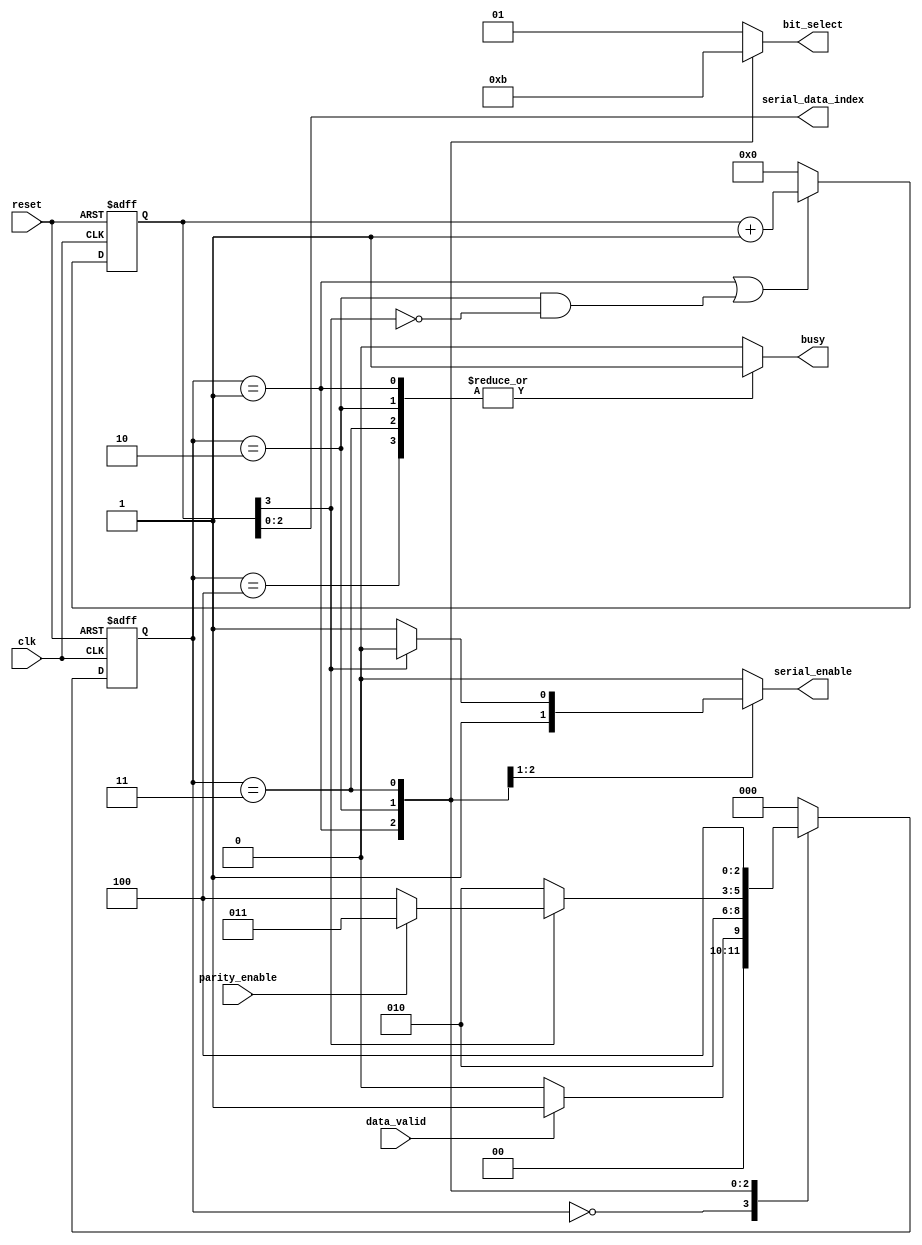
module UART_transmitter_FSM # (
    parameter DATA_WIDTH = 8,

    // Bit select values
    parameter [1:0] START_BIT_SELECT = 2'b00,
    parameter [1:0] STOP_BIT_SELECT = 2'b01,
    parameter [1:0] SERIAL_DATA_BIT_SELECT = 2'b10,
    parameter [1:0] PARITY_BIT_SELECT = 2'b11
)
(
    input clk,
    input reset,
    input parity_enable,
    input data_valid,

    output reg serial_enable,
    output reg [1:0] bit_select,
    output wire [$clog2(DATA_WIDTH) - 1:0] serial_data_index,
    output reg busy
);

    // A register that saves the index of the bit to be transmitted
    // When the value of this register equals 1000, this means that the byte is completely transmitted
    reg [$clog2(DATA_WIDTH):0] serial_data_transmission_state;

    // FSM state register signals
    reg [2:0] current_state;
    reg [2:0] next_state;


    // FSM state encoding
    localparam [2:0] IDLE = 3'b000;
    localparam [2:0] START_BIT_TRANSMISSION = 3'b001;
    localparam [2:0] SERIAL_DATA_TRANSMISSION = 3'b010;
    localparam [2:0] PARTIY_BIT_TRANSMISSION = 3'b011;
    localparam [2:0] STOP_BIT_TRANSMISSION = 3'b100;


    // 'Serial data index' register
    always @(posedge clk or negedge reset) begin
        if (~reset) begin
            serial_data_transmission_state <= 'b0;
        end
        // When the current state is 'SERIAL_DATA_TRANSMISSION', it should immediately transmit
        // the bit number 0, so when the current state is 'START_BIT_TRANSMISSION' (which is sampled
        // at the edge just before the current state changes to 'SERIAL_DATA_TRANSMISSION', and at
        // that instant the serial data state is zero which means that this bit will be transmitted 
        // once the state becomes 'SERIAL_DATA_TRANSMISSION')
        // the serial data state should be incremented so that by sampling the data on 
        // the next edge, the transmitter sends the bit number 1 and so on.
        else if (current_state == START_BIT_TRANSMISSION |
                (current_state == SERIAL_DATA_TRANSMISSION 
                 & ~serial_data_transmission_state[$clog2(DATA_WIDTH)])) begin
            serial_data_transmission_state <= serial_data_transmission_state + 'b1;
        end
        else begin
            serial_data_transmission_state <= 'b0;
        end
    end

    assign serial_data_index = serial_data_transmission_state[$clog2(DATA_WIDTH) - 1:0];


    // State transition
    always @(posedge clk or negedge reset) begin
        if (~reset) begin
            current_state <= IDLE;
        end
        else begin
            current_state <= next_state;
        end
    end

    // Next state logic
    always @(*) begin
        case (current_state)
            IDLE: begin
                if (data_valid)
                begin
                    next_state = START_BIT_TRANSMISSION;
                end
                else
                begin
                    next_state = IDLE;
                end
            end

            START_BIT_TRANSMISSION: begin
                next_state = SERIAL_DATA_TRANSMISSION;
            end

            SERIAL_DATA_TRANSMISSION: begin
                // If the following condition is satisfied, this means that the byte is transmitted
                if (serial_data_transmission_state[$clog2(DATA_WIDTH)])
                begin
                    if (parity_enable)
                    begin
                        next_state = PARTIY_BIT_TRANSMISSION;
                    end
                    else
                    begin
                        next_state = STOP_BIT_TRANSMISSION;
                    end
                end
                else
                begin
                    next_state = SERIAL_DATA_TRANSMISSION;
                end
            end

            PARTIY_BIT_TRANSMISSION: begin
                next_state = STOP_BIT_TRANSMISSION;
            end

            STOP_BIT_TRANSMISSION: begin
                next_state = IDLE;
            end

            default: begin
                next_state = IDLE;
            end
        endcase
    end

    // Output logic
    always @(*) begin
        case (current_state)
            IDLE: begin
                busy = 1'b0;
                serial_enable = 1'b0;
                // The output at the IDLE state is the same as the stop bit (which is logic 1)
                bit_select = STOP_BIT_SELECT;
            end

            // The serial enable is enabled in this state because just after the sampling edge 
            // of this state, the state becomes 'SERIAL_DATA_TRANSMISSION' which means that the
            // serial data needs to be transmitted immediately
            START_BIT_TRANSMISSION: begin
                busy = 1'b1;
                serial_enable = 1'b1;
                bit_select = START_BIT_SELECT;
            end

            SERIAL_DATA_TRANSMISSION: begin
                busy = 1'b1;
                // If the following condition is satisfied, this means that the byte is transmitted
                if (serial_data_transmission_state[$clog2(DATA_WIDTH)]) begin
                    serial_enable = 1'b0;
                end
                else begin
                    serial_enable = 1'b1;
                end
                
                bit_select = SERIAL_DATA_BIT_SELECT;
            end

            PARTIY_BIT_TRANSMISSION: begin
                busy = 1'b1;
                serial_enable = 1'b0;
                bit_select = PARITY_BIT_SELECT;
            end

            STOP_BIT_TRANSMISSION: begin
                busy = 1'b1;
                serial_enable = 1'b0;
                bit_select = STOP_BIT_SELECT;
            end

            default: begin
                busy = 1'b0;
                serial_enable = 1'b0;
                bit_select = STOP_BIT_SELECT;
            end
        endcase
    end


endmodule